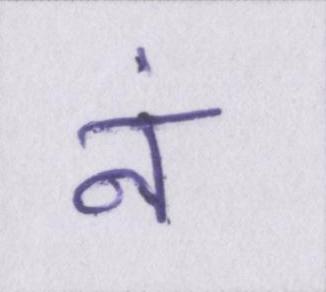
नं